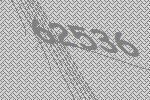
62536